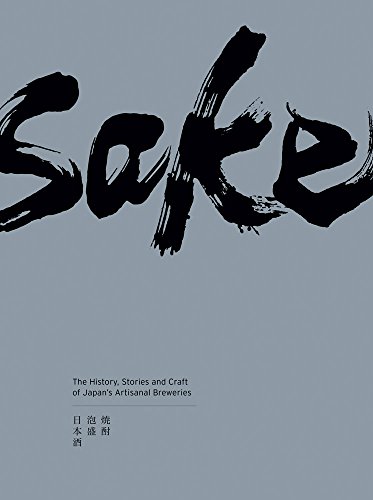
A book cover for Sake: The History, Stories and Craft of Japan's Artisanal Breweries; Elliot Faber; Cookbooks, Food & Wine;